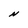
Character: N